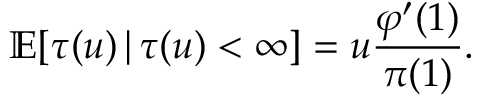
\mathbb { E } [ \tau ( u ) \, | \, \tau ( u ) < \infty ] = u \frac { \varphi ^ { \prime } ( 1 ) } { \pi ( 1 ) } .